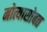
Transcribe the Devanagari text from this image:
मोत्यासोबत